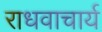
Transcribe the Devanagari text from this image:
राधवाचार्य